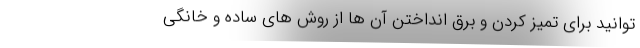
توانید برای تمیز کردن و برق انداختن آن ها از روش های ساده و خانگی